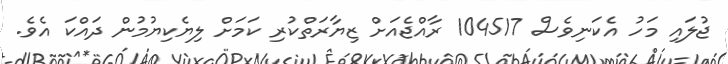
ޖުލައި މަހު އެކަނިވެސް 104517 ރާއްޖެއަށް ޒިޔާރަތްކުރި ކަމަށް ލިޔެކިޔުމުން ދައްކަ އެވެ.